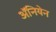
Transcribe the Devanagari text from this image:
अॅनियेन